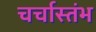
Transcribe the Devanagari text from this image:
चर्चास्तंभ